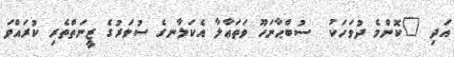
އަދި "ކޮންމެ ދުވަހަކު  ސުބްޙާނަހޫ ވަތަޢާލާ އެކަލާނގެ ސުވަރުގެ ޒީނަތްތެރި ކުރައްވަ